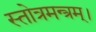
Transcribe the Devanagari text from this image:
स्तोत्रमन्त्रम्।